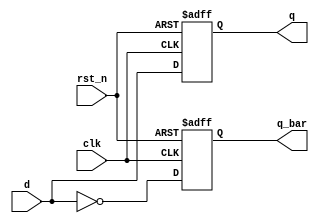
module edge_triggered_ff (
    input wire clk,          // Clock signal
    input wire rst_n,       // Active low reset signal
    input wire d,           // Data input
    output reg q,           // Data output
    output reg q_bar        // Inverted output
);

    // Always block sensitive to the negative edge of the clock
    always @(negedge clk or negedge rst_n) begin
        if (!rst_n) begin
            // Asynchronous reset
            q <= 1'b0;       // Reset output to 0
            q_bar <= 1'b1;   // Inverted output to 1
        end else begin
            // Capture data on negative edge of clock
            q <= d;          // Update output with data input
            q_bar <= ~d;     // Update inverted output
        end
    end

endmodule